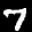
Label: 7